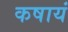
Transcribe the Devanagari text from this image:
कषायं